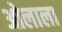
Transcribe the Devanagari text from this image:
ओलाला